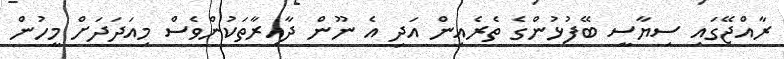
ރާއްޖޭގައި ސިޔާސީ ބޭފުޅުންގެ ތެރެއިން އަދި އެ ނޫން ދާއިރާތަކުންވެސް މިއަދަދަށް މީހުން